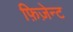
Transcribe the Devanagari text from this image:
फ़िज़ेन्ट